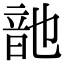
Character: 䪧